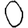
Digit: 0